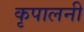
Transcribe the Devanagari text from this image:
कृपालनी